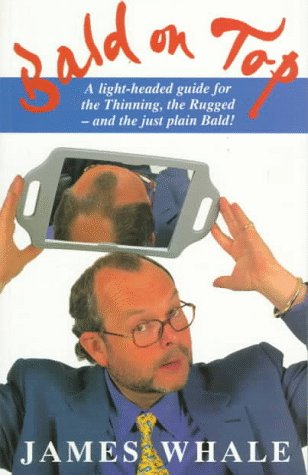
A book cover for Bald on Top: A Light-Headed Guide for the Thinning, the Rugged-And the Just Plain Bald; James Whale; Health, Fitness & Dieting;